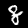
Label: 8